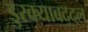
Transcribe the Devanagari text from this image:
डुरक्याबद्दल